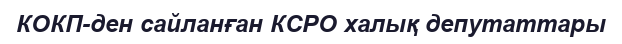
КОКП-ден сайланған КСРО халық депутаттары